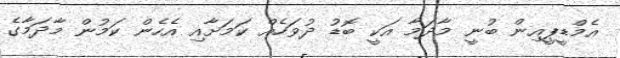
އެމްޑީޕީއިން ބުނީ މާދަމާ އަކީ ބޮޑު ދުވަހެއް ކަމަށާއި އެހެން ކަމުން މާދަމާގެ